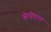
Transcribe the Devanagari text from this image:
बोधीप्राप्त